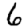
Digit: 6